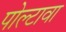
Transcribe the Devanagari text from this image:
पोल्टावा